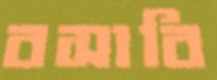
বসাবি